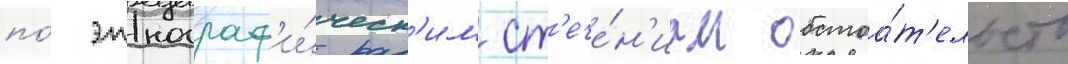
по́ этнограф'и́ческ'им ст'ече́н'иам обстоа́т'ельств